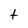
Character: t